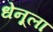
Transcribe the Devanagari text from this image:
धेनूला